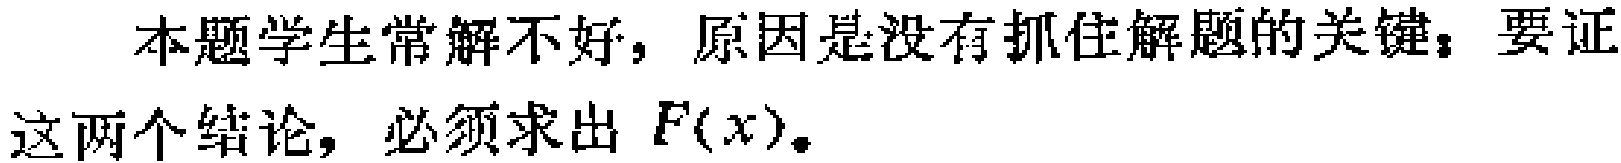
本题学生常解不好，原因是没有抓住解题的关键：要证这两个结论，必须求出 \(F(x)\)。